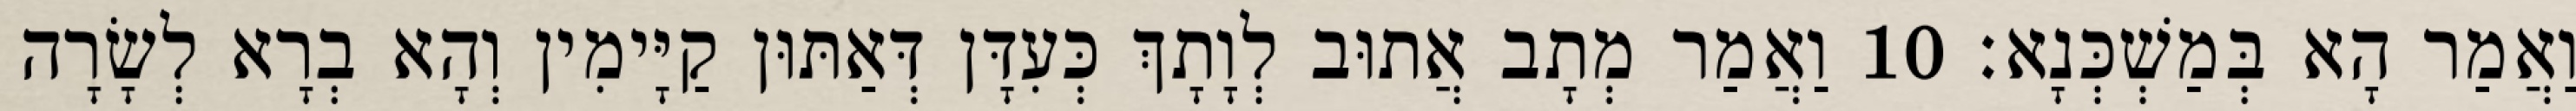
וַאֲמַר הָא בְּמַשְׁכְּנָא׃ 10 וַאֲמַר מְתָב אֲתוּב לְוָתָךְ כְּעִדָּן דְּאַתּוּן קַיָּימִין וְהָא בְרָא לְשָׂרָה